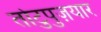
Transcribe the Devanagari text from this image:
तोटुपुज़यार